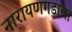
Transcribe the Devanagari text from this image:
नारायणगडाला